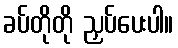
ခပ်တိုတို ညှပ်ပေးပါ။